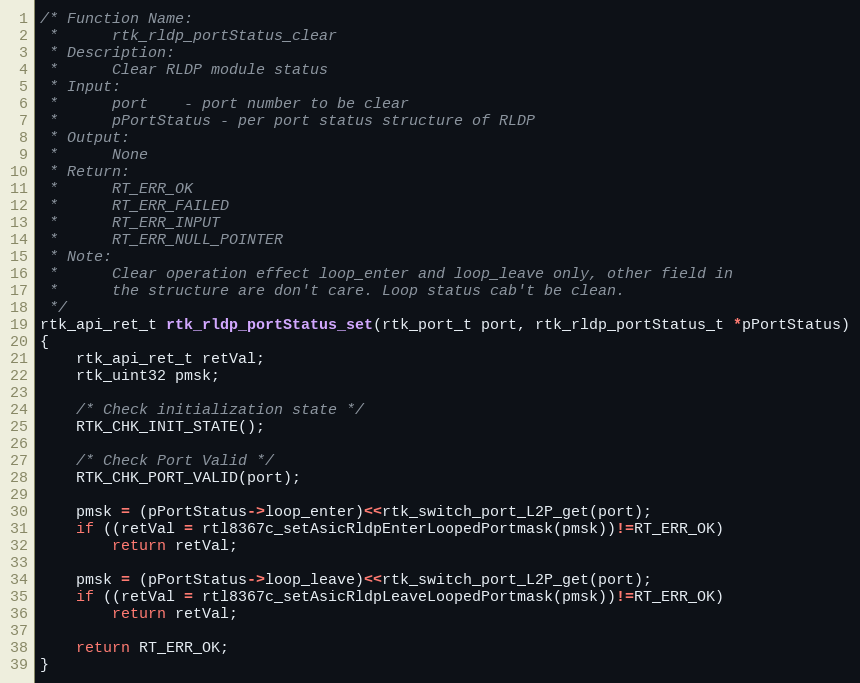
Language: C
/* Function Name:
 *      rtk_rldp_portStatus_clear
 * Description:
 *      Clear RLDP module status
 * Input:
 *      port    - port number to be clear
 *      pPortStatus - per port status structure of RLDP
 * Output:
 *      None
 * Return:
 *      RT_ERR_OK
 *      RT_ERR_FAILED
 *      RT_ERR_INPUT
 *      RT_ERR_NULL_POINTER
 * Note:
 *      Clear operation effect loop_enter and loop_leave only, other field in
 *      the structure are don't care. Loop status cab't be clean.
 */
rtk_api_ret_t rtk_rldp_portStatus_set(rtk_port_t port, rtk_rldp_portStatus_t *pPortStatus)
{
    rtk_api_ret_t retVal;
    rtk_uint32 pmsk;

    /* Check initialization state */
    RTK_CHK_INIT_STATE();

    /* Check Port Valid */
    RTK_CHK_PORT_VALID(port);

    pmsk = (pPortStatus->loop_enter)<<rtk_switch_port_L2P_get(port);
    if ((retVal = rtl8367c_setAsicRldpEnterLoopedPortmask(pmsk))!=RT_ERR_OK)
        return retVal;

    pmsk = (pPortStatus->loop_leave)<<rtk_switch_port_L2P_get(port);
    if ((retVal = rtl8367c_setAsicRldpLeaveLoopedPortmask(pmsk))!=RT_ERR_OK)
        return retVal;

    return RT_ERR_OK;
}